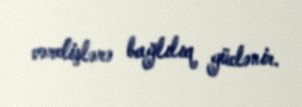
vərdişlərə bağlılıq güclənir.